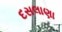
દસલાણા